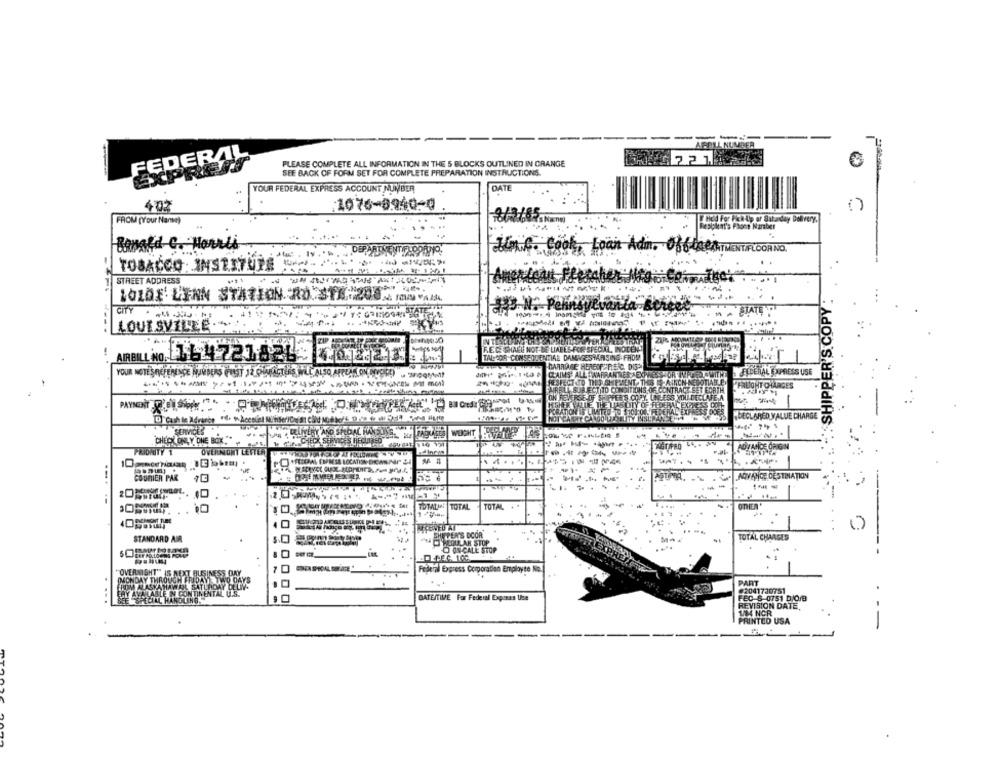
FEDERAL
EXPRESS
PLEASE COMPLETE ALL INFORMATION IN THE 5 BLOCKS OUTLINED IN ORANGE
7.2 15
SEE BACK OF FORM SET FOR COMPLETE PREPARATION INSTRUCTIONS.
YOUR FEDERAL EXPRESS ACCOUNT NUMBER
DATE
1076-8940-0
407
FROM (Your Name)
Wod Fer Pick Up of Saturday Delivery.
Replplent's Phone Naraber
Banald C. Herrli
L.C. Cook, Loan Adm. O
356 DeTATMENT/FLOOR NO.
TOBACCO - INSTITUT
STREET ADDRESS
...
SHIPPER'S COPY:
LO1DE LENN STATION ROSTE.20
CITY
----
LOUT SVILE
ARBILL NO 164417216219 461 21
YOUR NOTESREFERENCE NUMBERS (PUST J2 PUMACTERS, WILL ALSO, AFFE
FEDERAL EXPRESS USE
--------- 1.
----
FREIGHT CHARGES
DECLARED VALUE CHARGE
WOSHT
CHECK ONLY ONE BOX" .
ADVANCE ORIGIN
OVERNOMY LETTER
......
COURIER PAR
557
AVANCE DESTINATION
-
OTHER
TOTAL . *
0
RECEIVED AT
SMITTER'S DCOR
. ..
STANDARD AIR
TOTAL CHARGES
WEOUR AR STUP
-EFEC. 100
ONCALE STOP
Federal Express Corporation Employee No.
"OVERNIGHT"" IS NEXT HUR
SS DAY
(MONDAY THROUGH FRIDA
IM ALASKAHAWAL SATLADAY OL
..
PART
2041730751
DATEMTIME For Federal Expunas Use
FEC 6-0751 b/O/B
REVISION DATE,
1/04 NCR
PRINTED USA
--